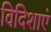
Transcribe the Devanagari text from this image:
विदिशाएं